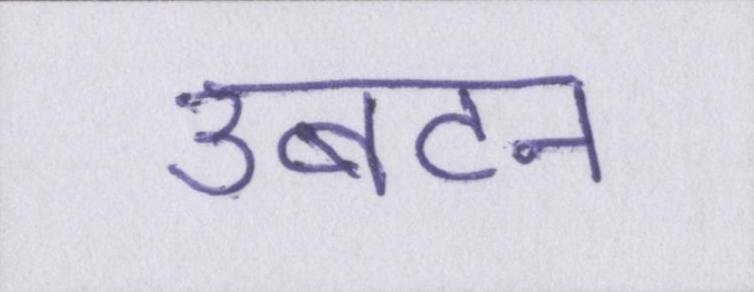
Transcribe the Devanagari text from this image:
उबटन